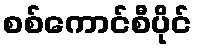
စစ်ကောင်စီပိုင်